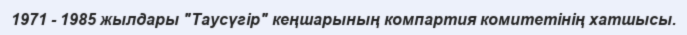
1971 - 1985 жылдары "Таусүгір" кеңшарының компартия комитетінің хатшысы.